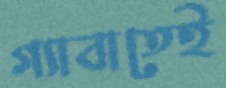
গ্যাবাতেই